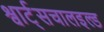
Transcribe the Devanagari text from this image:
श्वार्ट्सचालइल्ड